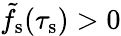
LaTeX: \tilde{f}_{\mathrm{s}}(\tau_{\mathrm{s}})>0